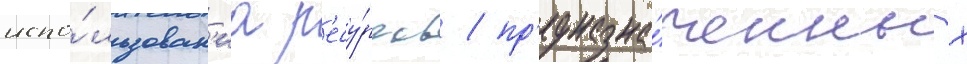
испо́льзован'иа р'есу́рсов / пр'едназна́ченных